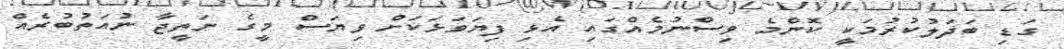
ގަޑި ބަދަލުކުރުމަކީ ކޮންމެ ވިސްނުމެއްގައި އެޅި ފިޔަވަޅަކަށް ވިޔަސް މީގެ ނަތީޖާ ނުއަތުބުރެއް